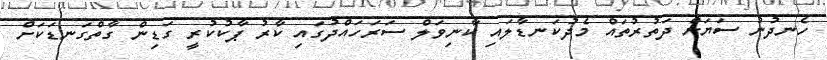
ހެނދުނު ސަޔަަށް ދަތުރުތައް މެދުކަނޑާލައި ކާނިވަލް ސަރަހައްދުގައި ކާރު ޕާކުކުރީ ގަޑިން ގާތްގަނޑަކަށް